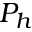
P _ { h }